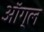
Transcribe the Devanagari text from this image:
ऑग्ल